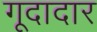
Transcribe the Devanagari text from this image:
गूदादार